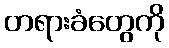
တရားခံတွေကို